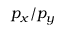
p _ { x } / p _ { y }